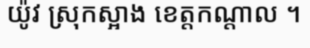
យ៉ូវ ស្រុកស្អាង ខេត្តកណ្តាល ។